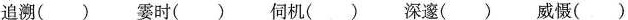
追溯() 霎时() 伺机() 深邃() 威慑()